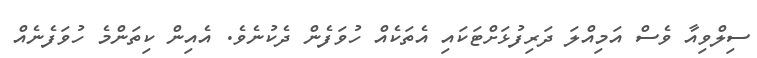
ސިލްވިއާ ވެސް އަމިއްލަ ދަރިފުޅަށްޓަކައި އެތަކެއް ހުވަފެން ދެކުނެވެ. އެއިން ކިތަންމެ ހުވަފެނެއް